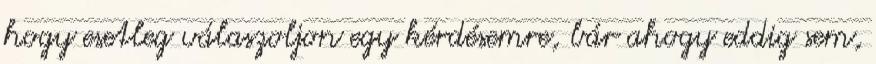
hogy esetleg válaszoljon egy kérdésemre, bár ahogy eddig sem,